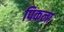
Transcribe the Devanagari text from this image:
पिकला